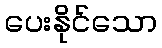
ပေးနိုင်သော